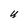
Character: y